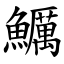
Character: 鱱